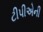
ટીપીએની